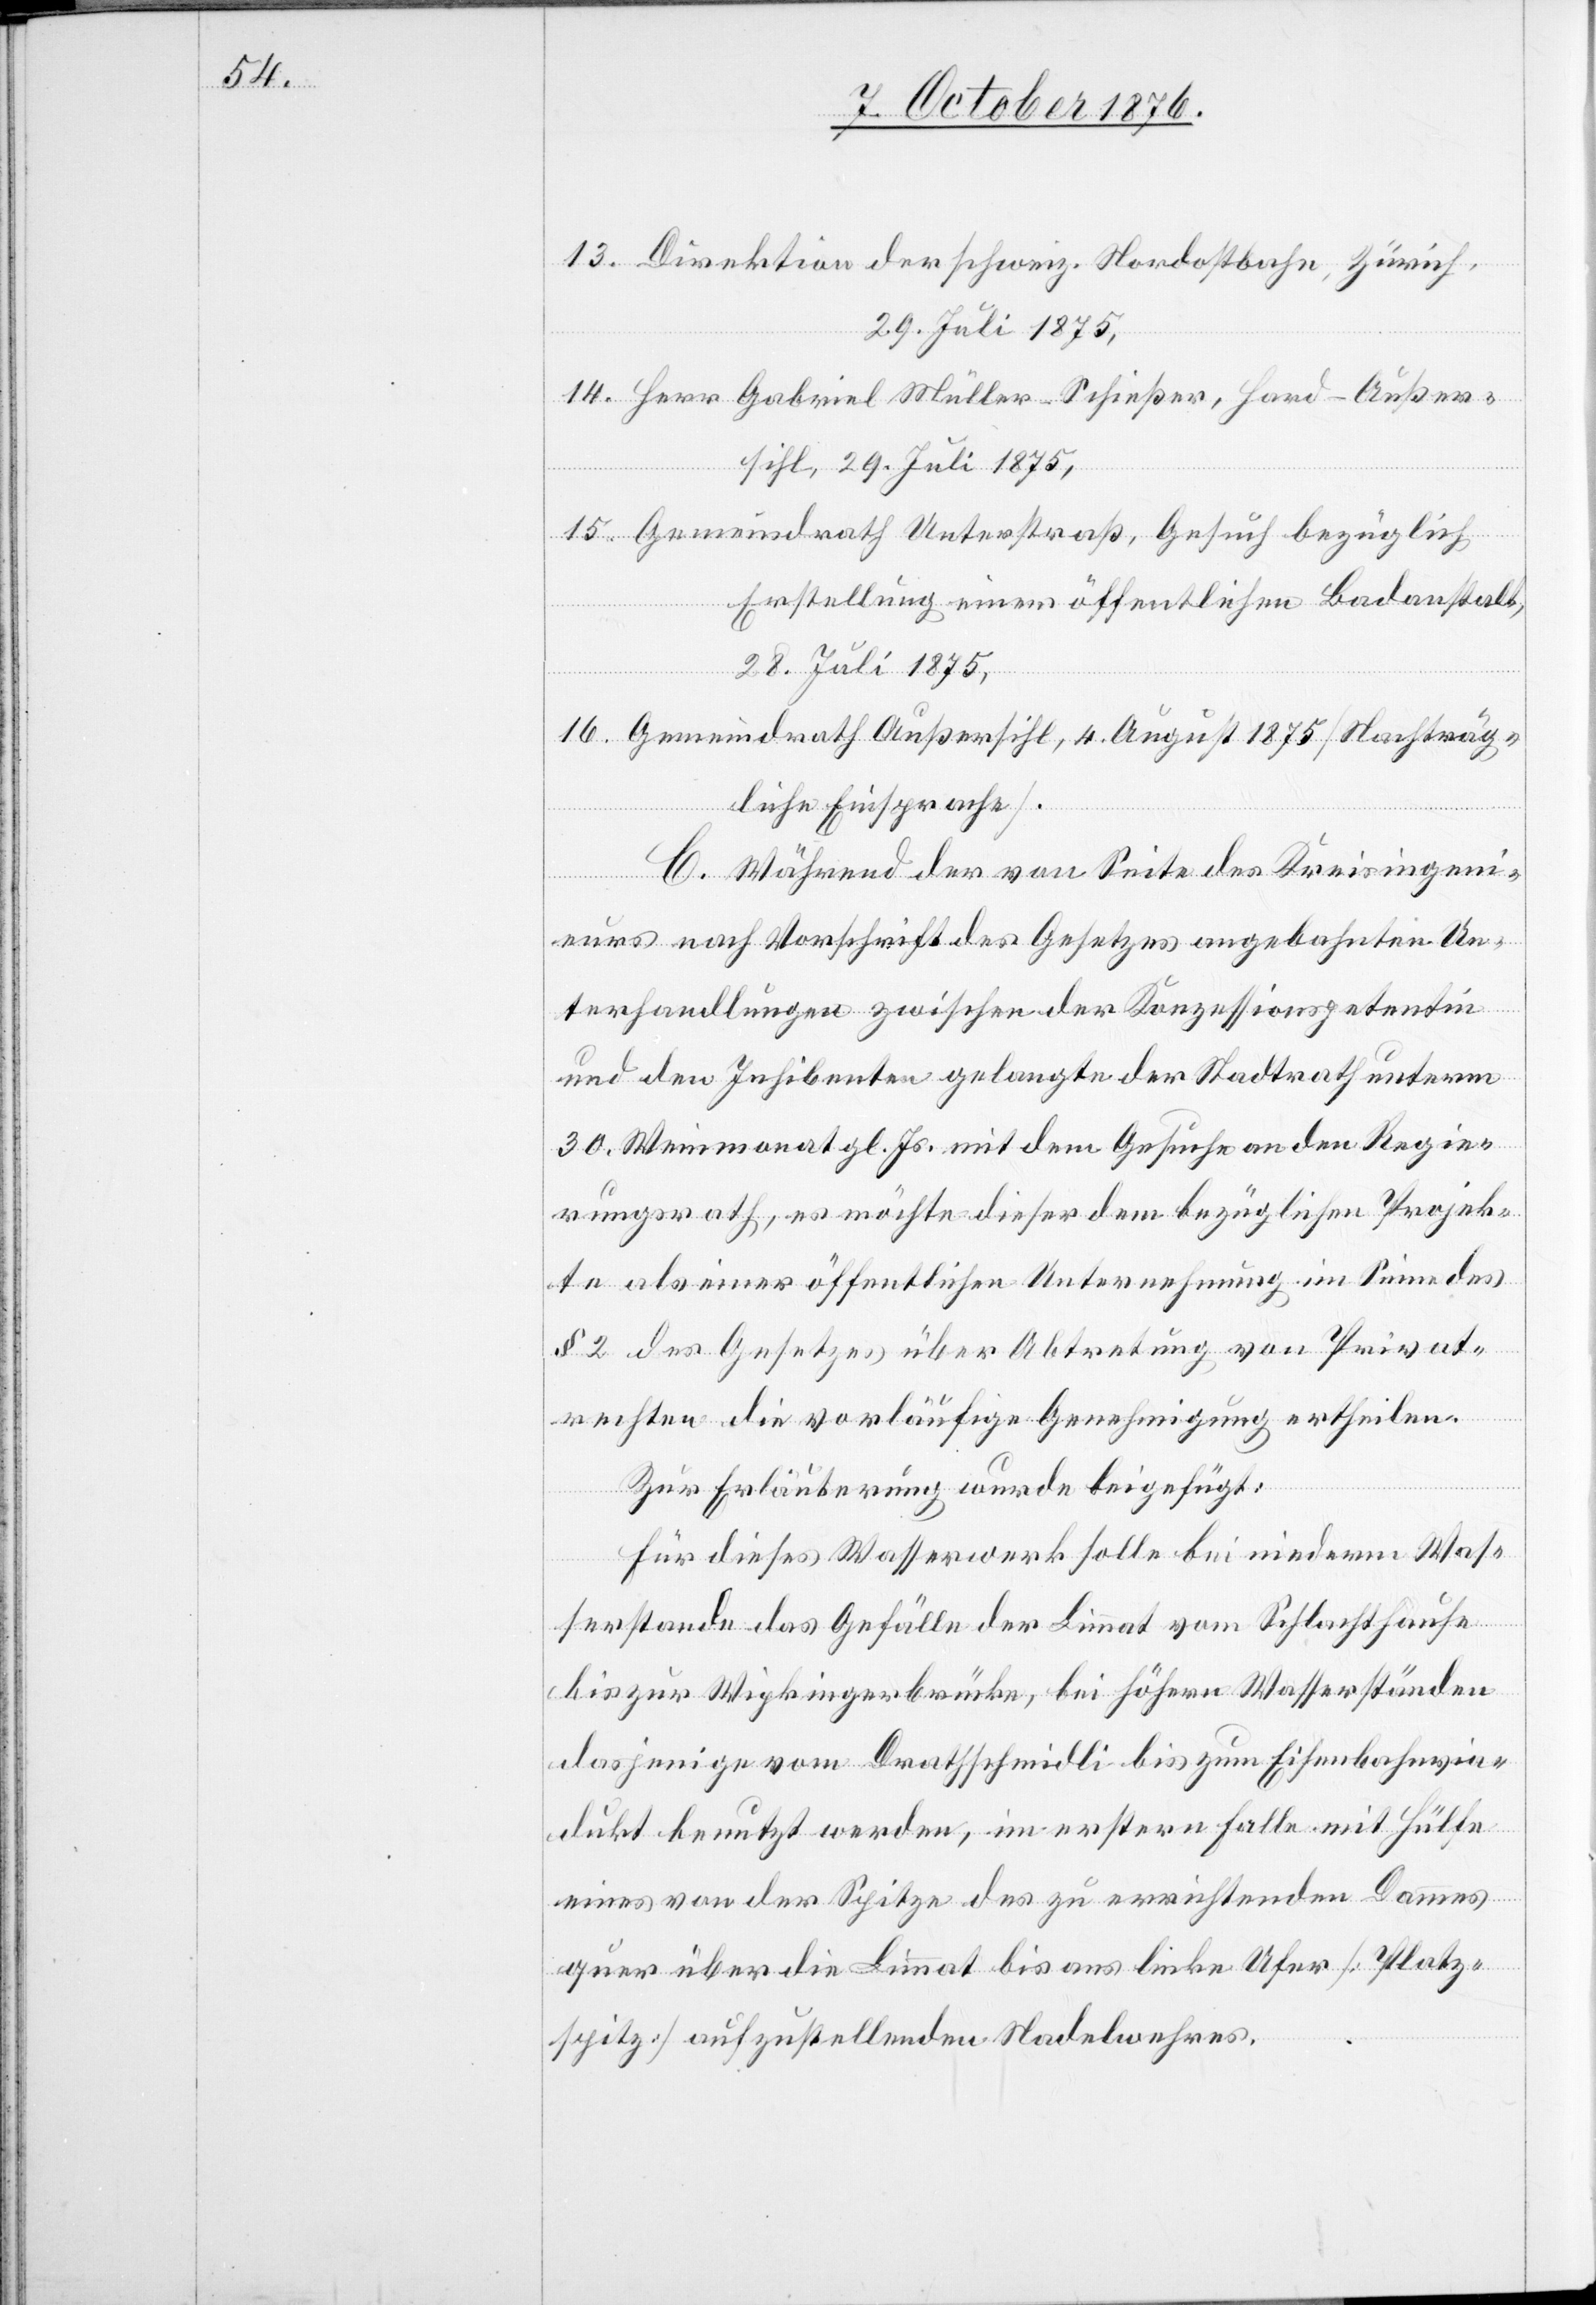
14.

Direktion der schweiz. Nordostbahn, Zürich,
29. Juli 1875,
Gemeindrath Unterstraß, Gesuch bezüglich
Erstellung einer öffentlichen Badeanstalt,
28. Juli 1875,
Gemeindrath Außersihl, 4. August 1875 [Nachträg¬
liche Einsprache].
C. Während der von Seite des Kreisingeni¬
eurs nach Vorschrift des Gesetzes angebahnten Un¬
terhandlungen zwischen der Konzessionspetentin
und den Inhibenten gelangte der Stadtrath unterm
30. Weinmonat gl. Js. mit dem Gesuche an den Regie¬
rungsrath, es möchte dieser dem bezüglichen Projek¬
te als einer öffentlichen Unternehmung im Sinne des
§ 2 des Gesetzes über Abtretung von Privat¬
rechten die vorläufige Genehmigung ertheilen.
Zur Erläuterung wurde beigefügt:
Für dieses Wasserwerk solle bei niederm Was¬
serstande das Gefälle der Limmat vom Schlachthause
bis zur Wipkingerbrücke, bei höhern Wasserständen
dasjenige vom Drathschmidli bis zum Eisenbahnvia¬
dukt benutzt werden, im erstern Falle mit Hülfe
eines von der Spitze des zu errichtenden Dammes
quer über die Limmat bis ans linke Ufer [Platz¬
spitz] aufzustellenden Nadelwehres.